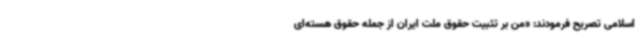
اسلامی تصریح فرمودند: «من بر تثبیت حقوق ملت ایران از جمله حقوق هسته‌ای